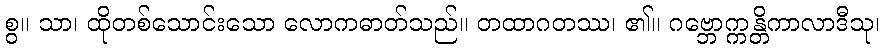
စွ။ သာ၊ ထိုတစ်သောင်းသော လောကဓာတ်သည်။ တထာဂတဿ၊ ၏။ ဂဗ္ဘောက္ကန္တိကာလာဒီသု၊